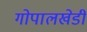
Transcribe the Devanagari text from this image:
गोपालखेडी